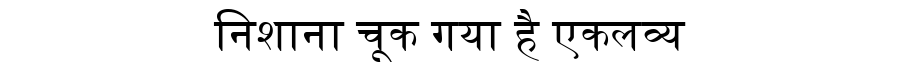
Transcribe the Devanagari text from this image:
निशाना चूक गया है एकलव्य